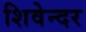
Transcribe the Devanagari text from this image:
शिवेन्दर